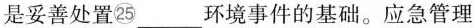
是妥善处置25___环境事件的基础。应急管理